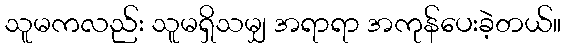
သူမကလည်း သူမရှိသမျှ အရာရာ အကုန်ပေးခဲ့တယ်။